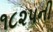
૧૮૨૫ની